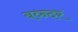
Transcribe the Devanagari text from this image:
बव्न्दर